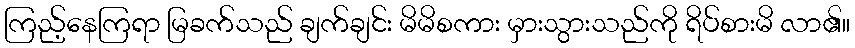
ကြည့်နေကြရာ မြခက်သည် ချက်ချင်း မိမိစကား မှားသွားသည်ကို ရိပ်စားမိ လာ၏။